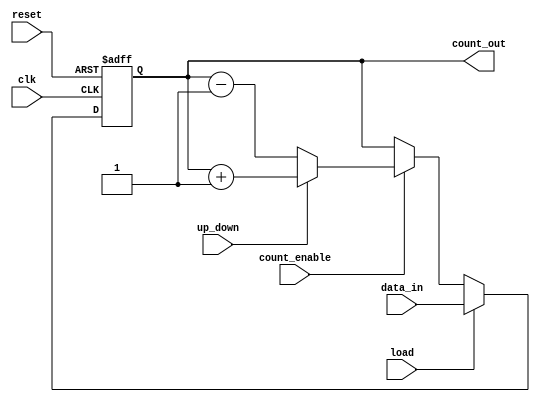
module synchronous_load_counter (
    input wire clk,               // Clock input
    input wire reset,             // Asynchronous reset
    input wire load,              // Load signal
    input wire [7:0] data_in,     // Data input bus (8-bit for example)
    input wire count_enable,       // Count enable signal
    input wire up_down,            // Control signal for counting direction (1 for up, 0 for down)
    output reg [7:0] count_out     // Output count register (8-bit)
);

// Synchronous process
always @(posedge clk or posedge reset) begin
    if (reset) begin
        count_out <= 8'b0; // Reset counter to zero
    end else if (load) begin
        count_out <= data_in; // Load new value from data_in
    end else if (count_enable) begin
        if (up_down) begin
            count_out <= count_out + 1; // Increment
        end else begin
            count_out <= count_out - 1; // Decrement
        end
    end
end

endmodule